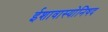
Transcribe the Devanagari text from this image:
ईशावास्योनिषद